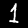
Digit: 1